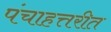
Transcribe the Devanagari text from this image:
पंचाहत्तरीत